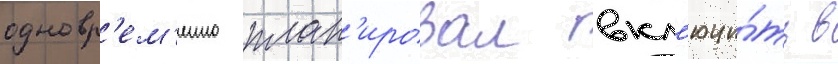
одновр'ем'енно план'ировал вкл'ючи́ть в